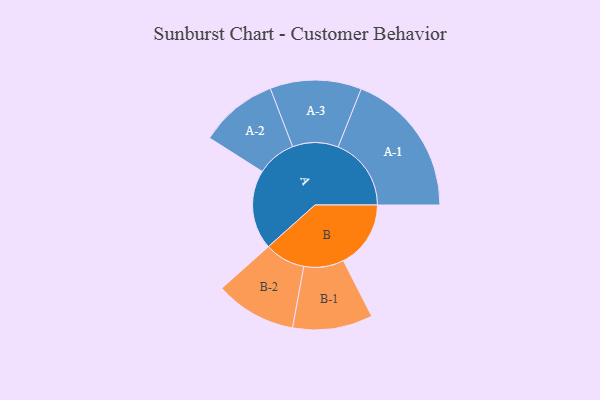
{"axis": {"x": "Segment", "y": "Value"}, "legend": ["", "A", "B"], "data": [{"x": "A", "y": 278, "type": ""}, {"x": "B", "y": 236, "type": ""}, {"x": "A-1", "y": 256, "type": "A"}, {"x": "A-2", "y": 137, "type": "A"}, {"x": "A-3", "y": 160, "type": "A"}, {"x": "B-1", "y": 140, "type": "B"}, {"x": "B-2", "y": 142, "type": "B"}]}